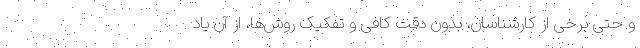
و حتی برخی از کارشناسان، بدون دقت کافی و تفکیک روش‌ها، از آن یاد